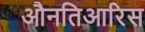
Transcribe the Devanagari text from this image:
औनतिआरिस